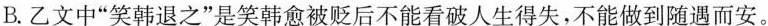
B.乙文中”笑韩退之”是笑韩愈被贬后不能看破人生得失，不能做到随遇而安。